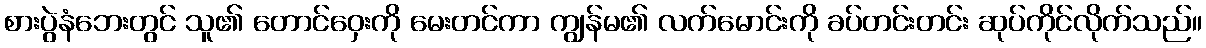
စားပွဲနံဘေးတွင် သူ၏ တောင်ဝှေးကို မေးတင်ကာ ကျွန်မ၏ လက်မောင်းကို ခပ်တင်းတင်း ဆုပ်ကိုင်လိုက်သည်။